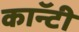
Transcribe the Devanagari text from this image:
काॅन्टी